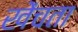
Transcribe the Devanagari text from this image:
खेंचता